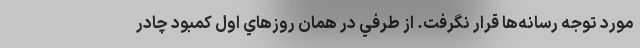
مورد توجه رسانه‌ها قرار نگرفت. از طرفي در همان روزهاي اول كمبود چادر